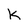
Character: k